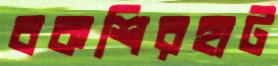
বকশিরহাট